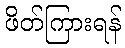
ဖိတ်ကြားရန်